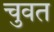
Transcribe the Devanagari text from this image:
चुवत